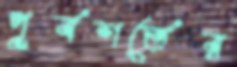
পূর্বশর্তের